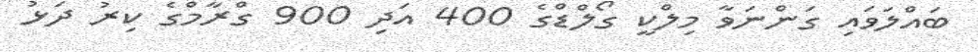
ބައްލަވައި ގަންނަވާ މިލްކީ ގޯލްޑްގެ 400 އަދި 900 ގްރާމްގެ ކިރު ދަޅު